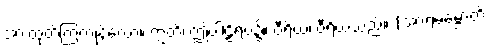
အားထုတ်ကြကုန်လော့။ ဣတိ၊ ဤပါဠိရပ်၌။ ဝီရိယံ၊ ဝီရိယသည်။ (အာရမမ္ဘောတိ